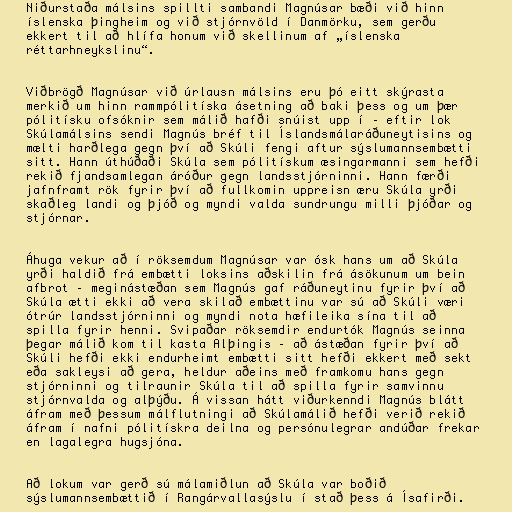
Niðurstaða málsins spillti sambandi Magnúsar bæði við hinn
íslenska þingheim og við stjórnvöld í Danmörku, sem gerðu
ekkert til að hlífa honum við skellinum af „íslenska
réttarhneykslinu“.

Viðbrögð Magnúsar við úrlausn málsins eru þó eitt skýrasta
merkið um hinn rammpólitíska ásetning að baki þess og um þær
pólitísku ofsóknir sem málið hafði snúist upp í – eftir lok
Skúlamálsins sendi Magnús bréf til Íslandsmálaráðuneytisins og
mælti harðlega gegn því að Skúli fengi aftur sýslumannsembætti
sitt. Hann úthúðaði Skúla sem pólitískum æsingarmanni sem hefði
rekið fjandsamlegan áróður gegn landsstjórninni. Hann færði
jafnframt rök fyrir því að fullkomin uppreisn æru Skúla yrði
skaðleg landi og þjóð og myndi valda sundrungu milli þjóðar og
stjórnar.

Áhuga vekur að í röksemdum Magnúsar var ósk hans um að Skúla
yrði haldið frá embætti loksins aðskilin frá ásökunum um bein
afbrot – meginástæðan sem Magnús gaf ráðuneytinu fyrir því að
Skúla ætti ekki að vera skilað embættinu var sú að Skúli væri
ótrúr landsstjórninni og myndi nota hæfileika sína til að
spilla fyrir henni. Svipaðar röksemdir endurtók Magnús seinna
þegar málið kom til kasta Alþingis – að ástæðan fyrir því að
Skúli hefði ekki endurheimt embætti sitt hefði ekkert með sekt
eða sakleysi að gera, heldur aðeins með framkomu hans gegn
stjórninni og tilraunir Skúla til að spilla fyrir samvinnu
stjórnvalda og alþýðu. Á vissan hátt viðurkenndi Magnús blátt
áfram með þessum málflutningi að Skúlamálið hefði verið rekið
áfram í nafni pólitískra deilna og persónulegrar andúðar frekar
en lagalegra hugsjóna.

Að lokum var gerð sú málamiðlun að Skúla var boðið
sýslumannsembættið í Rangárvallasýslu í stað þess á Ísafirði.